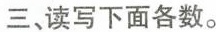
三、读写下面各数。